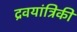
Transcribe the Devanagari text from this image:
द्रवयांत्रिकी